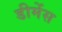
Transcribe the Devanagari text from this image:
डीमेंस